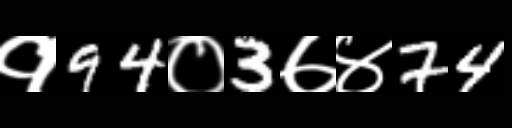
Text: १94०3७४74